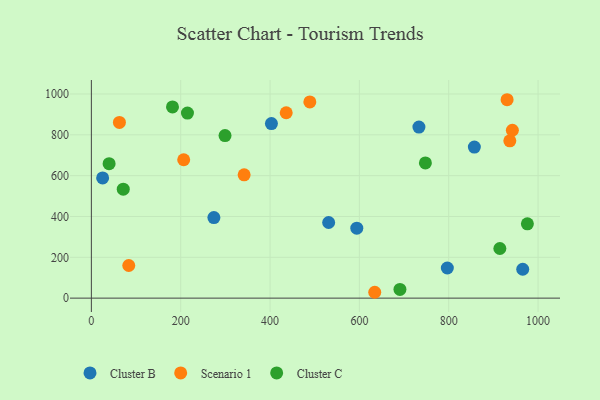
{"axis": {"x": "Distance", "y": "Exam Score"}, "legend": ["Cluster B", "Cluster C", "Scenario 1"], "data": [{"x": "25.2", "y": 588.6, "type": "Cluster B"}, {"x": "403.1", "y": 855.0, "type": "Cluster B"}, {"x": "274.3", "y": 394.6, "type": "Cluster B"}, {"x": "965.7", "y": 141.5, "type": "Cluster B"}, {"x": "531.2", "y": 370.6, "type": "Cluster B"}, {"x": "857.4", "y": 740.2, "type": "Cluster B"}, {"x": "594.2", "y": 342.5, "type": "Cluster B"}, {"x": "796.9", "y": 147.6, "type": "Cluster B"}, {"x": "733.3", "y": 838.1, "type": "Cluster B"}, {"x": "206.7", "y": 677.9, "type": "Scenario 1"}, {"x": "436.2", "y": 908.0, "type": "Scenario 1"}, {"x": "634.4", "y": 28.7, "type": "Scenario 1"}, {"x": "342.0", "y": 603.9, "type": "Scenario 1"}, {"x": "936.8", "y": 770.7, "type": "Scenario 1"}, {"x": "930.7", "y": 971.9, "type": "Scenario 1"}, {"x": "942.5", "y": 822.4, "type": "Scenario 1"}, {"x": "83.7", "y": 159.9, "type": "Scenario 1"}, {"x": "489.1", "y": 960.9, "type": "Scenario 1"}, {"x": "62.8", "y": 860.7, "type": "Scenario 1"}, {"x": "914.5", "y": 243.1, "type": "Cluster C"}, {"x": "690.8", "y": 42.7, "type": "Cluster C"}, {"x": "39.7", "y": 658.8, "type": "Cluster C"}, {"x": "976.1", "y": 364.2, "type": "Cluster C"}, {"x": "215.1", "y": 906.7, "type": "Cluster C"}, {"x": "181.6", "y": 936.6, "type": "Cluster C"}, {"x": "299.2", "y": 796.2, "type": "Cluster C"}, {"x": "747.8", "y": 662.4, "type": "Cluster C"}, {"x": "71.4", "y": 533.8, "type": "Cluster C"}]}